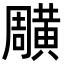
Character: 𪏎